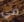
في